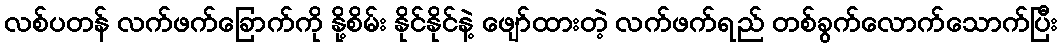
လစ်ပတန် လက်ဖက်ခြောက်ကို နို့စိမ်း နိုင်နိုင်နဲ့ ဖျော်ထားတဲ့ လက်ဖက်ရည် တစ်ခွက်လောက်သောက်ပြီး